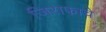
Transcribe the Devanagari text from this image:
जिराफाचे